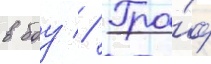
в боу // Гра́ф